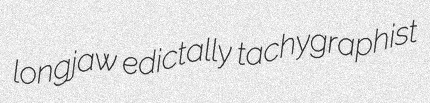
longjaw edictally tachygraphist